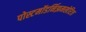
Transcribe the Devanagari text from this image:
पोस्टमॉडर्निझमखेरिज